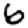
Digit: 6